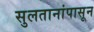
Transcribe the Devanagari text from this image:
सुलतानांपासून